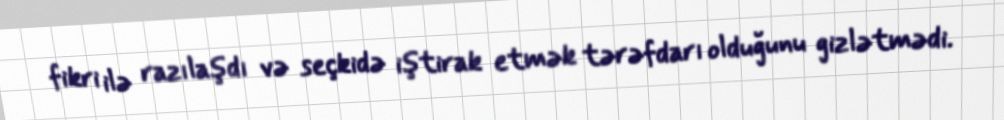
fikri ilə razılaşdı və seçkidə iştirak etmək tərəfdarı olduğunu gizlətmədi.